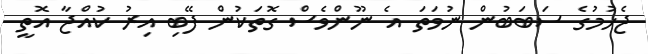
ޖެހުމުގެ ސަބަބުން ނުވަތަ އެ ނޫންވެސް ގޮތަކުން ފޭބި އިރު ކުއްޖާ އޮތީ